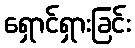
ရှောင်ရှားခြင်း